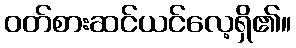
ဝတ်စားဆင်ယင်လေ့ရှိ၏။